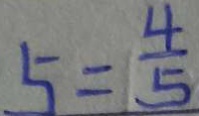
5 = \frac { 4 } { 5 }